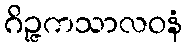
ဂိဉ္ဇကသာလဝနံ